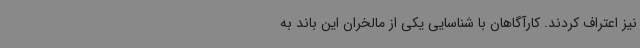
نیز اعتراف کردند. کارآگاهان با شناسایی یکی از مالخران این باند به